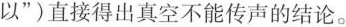
以”)直接得出真空不能传声的结论。